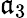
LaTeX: \mathfrak{a}_{3}